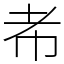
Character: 㠻